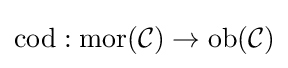
\operatorname {cod} :\operatorname {mor} ({\mathcal {C}})\to \operatorname {ob} ({\mathcal {C}})